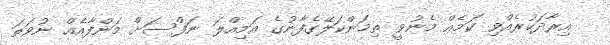
އިރާދަކުރެއްވި ކަމެއް މެނުވީ ތިމަންކަލޭގެފާނުގެ އަމިއްލަ ނަފްސަށް މަންފާއެއް ނުވަތަ